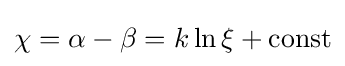
\chi =\alpha -\beta =k\ln \xi +\mathrm {const}